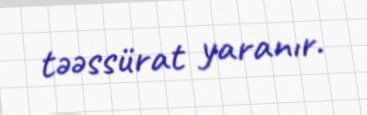
təəssürat yaranır.